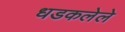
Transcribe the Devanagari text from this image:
धडकलेले